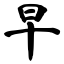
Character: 旱